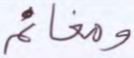
ومغانم